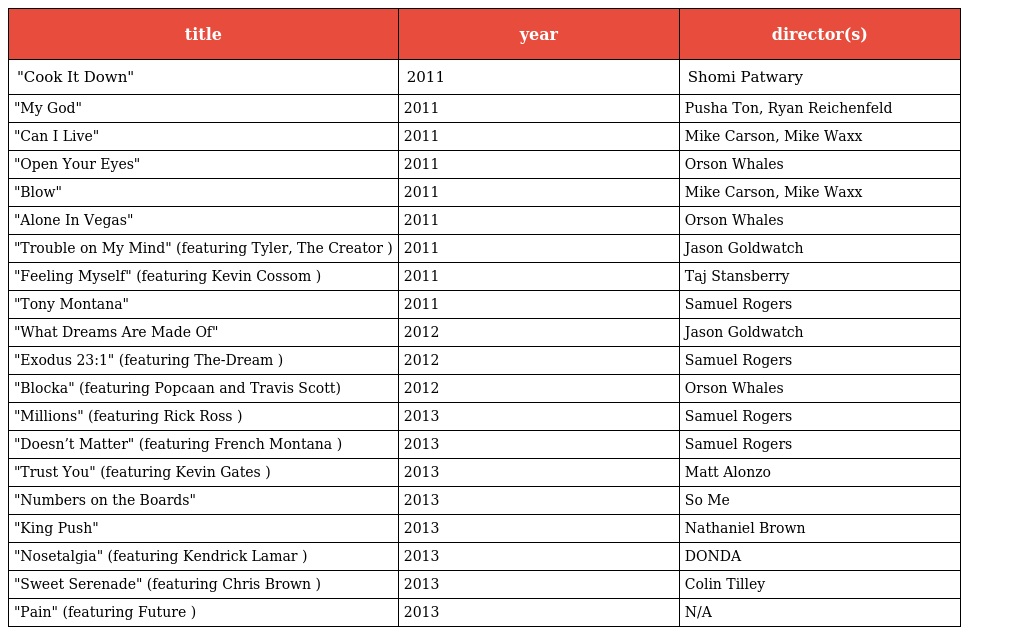
| title | year | director(s) |
 | --- | --- | --- |
 | "Cook It Down" | 2011 | Shomi Patwary |
 | "My God" | 2011 | Pusha Ton, Ryan Reichenfeld |
 | "Can I Live" | 2011 | Mike Carson, Mike Waxx |
 | "Open Your Eyes" | 2011 | Orson Whales |
 | "Blow" | 2011 | Mike Carson, Mike Waxx |
 | "Alone In Vegas" | 2011 | Orson Whales |
 | "Trouble on My Mind" (featuring Tyler, The Creator ) | 2011 | Jason Goldwatch |
 | "Feeling Myself" (featuring Kevin Cossom ) | 2011 | Taj Stansberry |
 | "Tony Montana" | 2011 | Samuel Rogers |
 | "What Dreams Are Made Of" | 2012 | Jason Goldwatch |
 | "Exodus 23:1" (featuring The-Dream ) | 2012 | Samuel Rogers |
 | "Blocka" (featuring Popcaan and Travis Scott) | 2012 | Orson Whales |
 | "Millions" (featuring Rick Ross ) | 2013 | Samuel Rogers |
 | "Doesn’t Matter" (featuring French Montana ) | 2013 | Samuel Rogers |
 | "Trust You" (featuring Kevin Gates ) | 2013 | Matt Alonzo |
 | "Numbers on the Boards" | 2013 | So Me |
 | "King Push" | 2013 | Nathaniel Brown |
 | "Nosetalgia" (featuring Kendrick Lamar ) | 2013 | DONDA |
 | "Sweet Serenade" (featuring Chris Brown ) | 2013 | Colin Tilley |
 | "Pain" (featuring Future ) | 2013 | N/A |